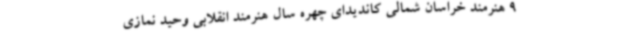
9 هنرمند خراسان شمالی کاندیدای چهره سال هنرمند انقلابی وحید نمازی